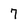
Character: 7